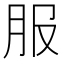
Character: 服